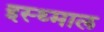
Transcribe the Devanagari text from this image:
इस्थ्माल